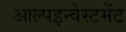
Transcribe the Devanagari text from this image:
आल्पइन्वेस्टमेंट